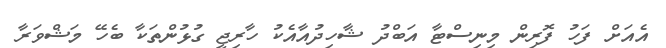
އެއަށް ފަހު ފޮރިން މިނިސްޓާ އަބްދު ޝާހިދުއާއެކު ހާރިޖީ ގުޅުންތަކާ ބެހޭ މަޝްވަރާ